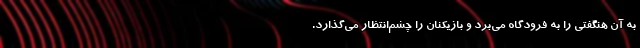
به آن هنگفتی را به فرودگاه می‌برد و بازیکنان را چشم‌انتظار می‌گذارد.